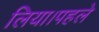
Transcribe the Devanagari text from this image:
लिया।पहले